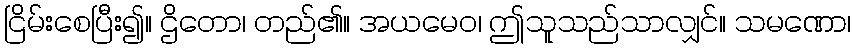
ငြိမ်းစေပြီး၍။ ဌိတော၊ တည်၏။ အယမေဝ၊ ဤသူသည်သာလျှင်။ သမဏော၊